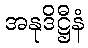
အနုဒိဋ္ဌီနံ